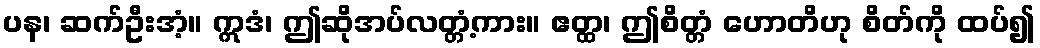
ပန၊ ဆက်ဦးအံ့။ ဣဒံ၊ ဤဆိုအပ်လတ္တံ့ကား။ ဧတ္ထ၊ ဤစိတ္တံ ဟောတိဟု စိတ်ကို ထပ်၍